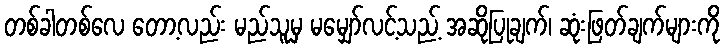
တစ်ခါတစ်လေ တော့လည်း မည်သူမှ မမျှော်လင့်သည့် အဆိုပြုချက်၊ ဆုံးဖြတ်ချက်များကို